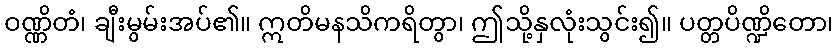
ဝဏ္ဏိတံ၊ ချီးမွမ်းအပ်၏။ ဣတိမနသိကရိတွာ၊ ဤသို့နှလုံးသွင်း၍။ ပတ္တပိဏ္ဍိတော၊